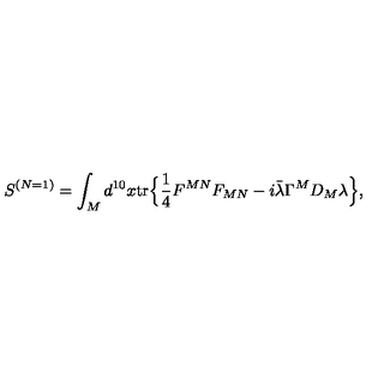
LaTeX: S ^ { ( N = 1 ) } = \int _ { M } d ^ { 1 0 } x \mathrm { t r } \Bigr \{ \mathrm { \large \frac { 1 } { 4 } } F ^ { M N } F _ { M N } - i \bar { \lambda } \Gamma ^ { M } D _ { M } \lambda \Bigr \} ,